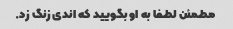
مطمئن لطفا به او بگویید که اندی زنگ زد.